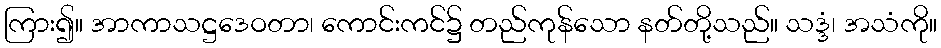
ကြား၍။ အာကာသဋ္ဌဒေဝတာ၊ ကောင်းကင်၌ တည်ကုန်သော နတ်တို့သည်။ သဒ္ဒံ၊ အသံကို။